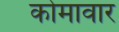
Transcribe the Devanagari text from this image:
कोमावार